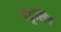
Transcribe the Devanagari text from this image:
इंट्रूसिव